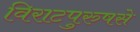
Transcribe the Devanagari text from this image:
विराटपुरुषसे